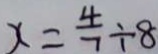
x = \frac { 4 } { 7 } \div 8